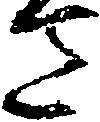
さ